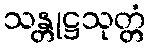
သန္တုဋ္ဌသုတ္တံ